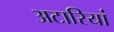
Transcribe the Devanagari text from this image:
अटारियां